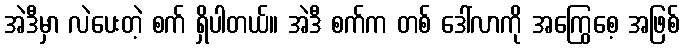
အဲဒီမှာ လဲပေးတဲ့ စက် ရှိပါတယ်။ အဲဒီ စက်က တစ် ဒေါ်လာကို အကြွေစေ့ အဖြစ်